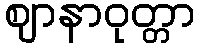
ဈာနာဝုတ္တာ